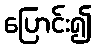
ပြောင်း၍